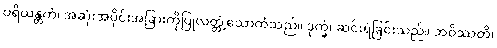
ပရိယန္တကံ၊ အဆုံးအပိုင်းအခြားကိုပြုလတ္တံ့သောကံသည်။ ဒုက္ခံ၊ ဆင်းရဲခြင်းသည်။ ဘဝိဿတိ၊